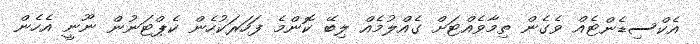
އެކްސިޑެންޓެއް ވެގެން ތިމާވެއްޓަށް ގެއްލުމެއް ލިބޭ ކޮންމެ ފަހަރަކުހެން ކެޕްޓަނުން ނޫނީ އެހެން